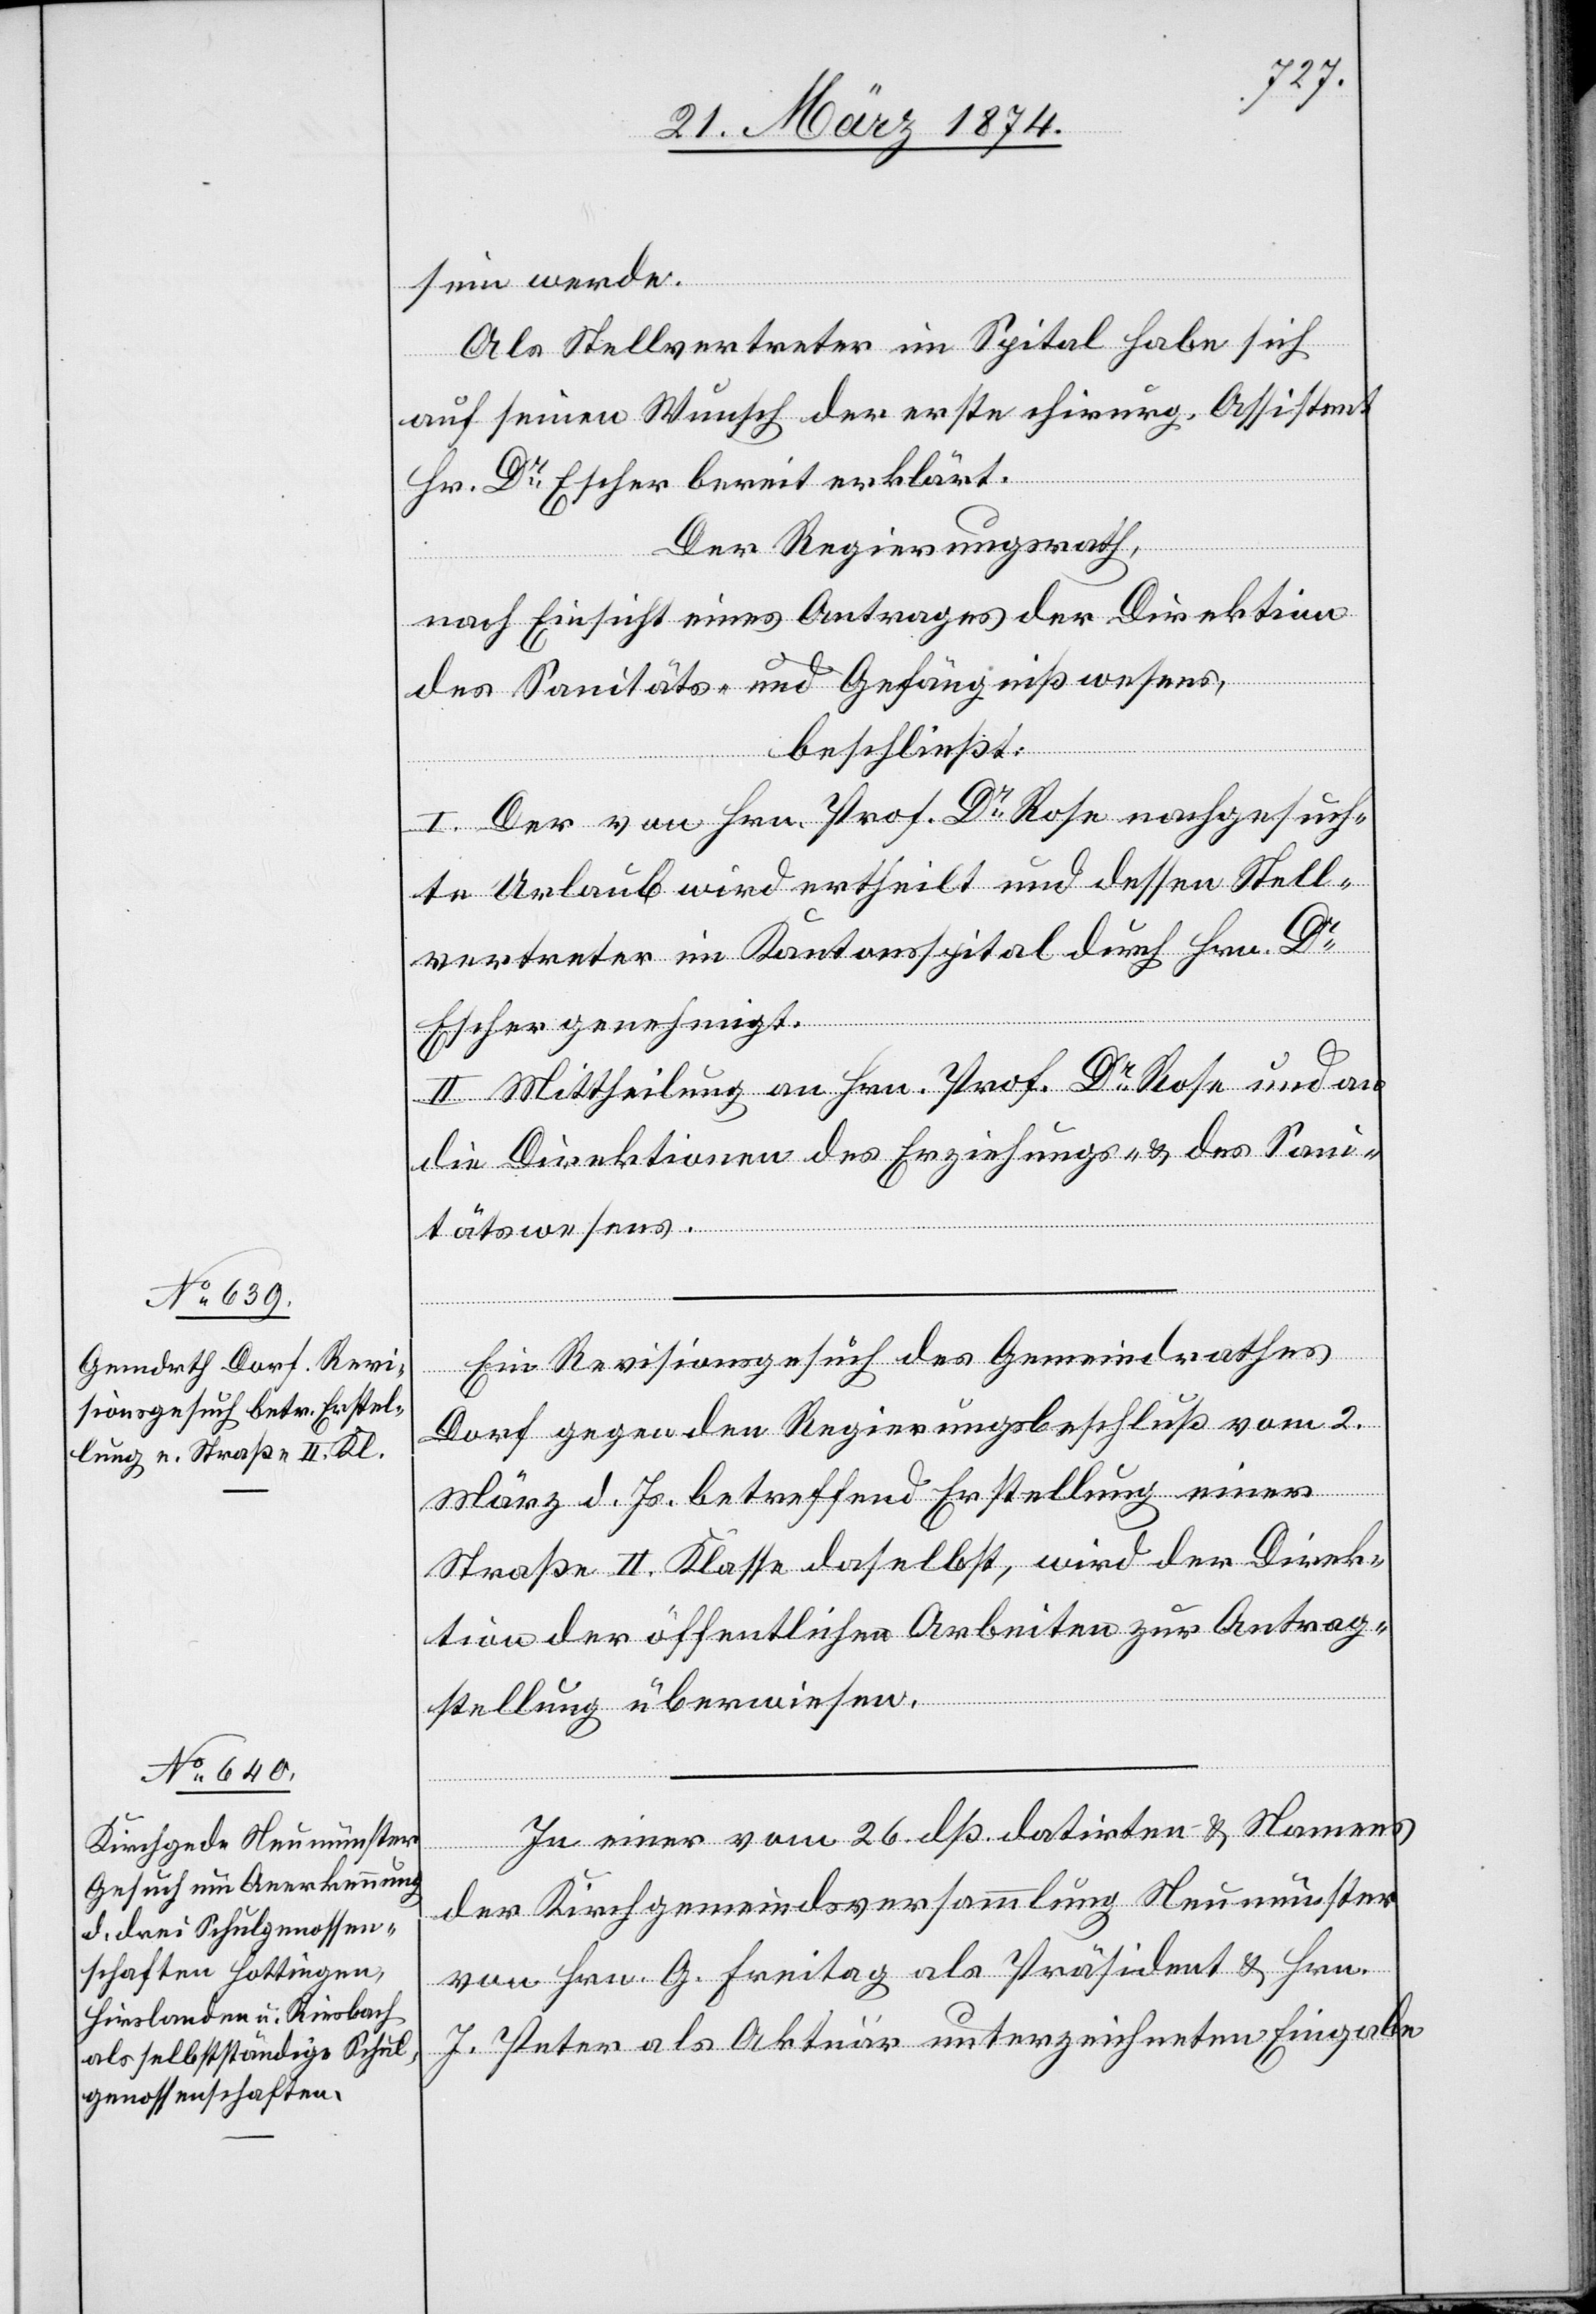
27. März 1874.]
sein werde.
Als Stellvertreter im Spital habe sich
auf seinen Wunsch der erste chirurg. Assistent
Hr. Dr Escher bereit erklärt.
Der Regierungsrath,
nach Einsicht eines Antrages der Direktion
des Sanitäts- und Gefängnißwesens,
beschließt:
I. Der von Hrn. Prof. Dr Rose nachgesuch¬
te Urlaub wird ertheilt und dessen Stell¬
vertreter im Kantonsspital durch Hrn. Dr
Escher genehmigt.
II. Mittheilung an Hrn. Prof. Dr Rose und an
die Direktionen des Erziehungs- u. des Sani¬
tätswesens.
Ein Revisionsgesuch des Gemeindrathes
Dorf gegen den Regierungsbeschluß vom 2.
März d. Js. betreffend Erstellung einer
Straße II. Klasse daselbst, wird der Direk¬
tion der öffentlichen Arbeiten zur Antrag¬
stellung überwiesen.
In einer vom 26. dß datirten u. Namens
der Kirchgemeindsversammlung Neumünster
von Hrn. G. Freitag als Präsident u. Hrn.
J. Peter als Akteär [sic!] unterzeichneten Eingabe